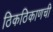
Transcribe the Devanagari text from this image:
ठिकठिकाणची